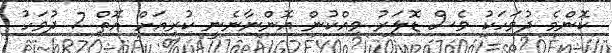
ކޮންމެ ދުވަހަކު ވެސް ޑޮލަރު ވިއްކުން އޮންނާނެނީ ކުރިއަށް އޮތް 7 ދުވަހު